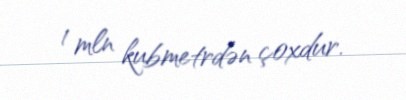
1 mln kubmetrdən çoxdur.